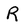
Character: R